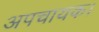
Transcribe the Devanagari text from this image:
अपचायक।